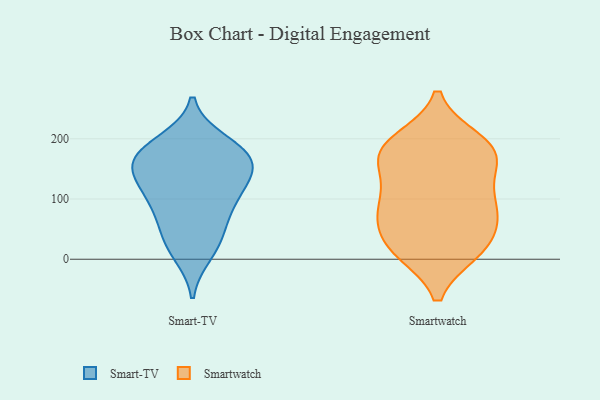
{"axis": {"x": "Page Views", "y": "Value"}, "legend": ["Smart-TV", "Smartwatch"], "data": [{"x": "", "y": 30, "type": "Smart-TV"}, {"x": "", "y": 175, "type": "Smart-TV"}, {"x": "", "y": 177, "type": "Smart-TV"}, {"x": "", "y": 133, "type": "Smart-TV"}, {"x": "", "y": 43, "type": "Smart-TV"}, {"x": "", "y": 165, "type": "Smart-TV"}, {"x": "", "y": 87, "type": "Smart-TV"}, {"x": "", "y": 194, "type": "Smart-TV"}, {"x": "", "y": 139, "type": "Smart-TV"}, {"x": "", "y": 143, "type": "Smart-TV"}, {"x": "", "y": 103, "type": "Smart-TV"}, {"x": "", "y": 88, "type": "Smart-TV"}, {"x": "", "y": 10, "type": "Smart-TV"}, {"x": "", "y": 172, "type": "Smart-TV"}, {"x": "", "y": 102, "type": "Smartwatch"}, {"x": "", "y": 171, "type": "Smartwatch"}, {"x": "", "y": 178, "type": "Smartwatch"}, {"x": "", "y": 153, "type": "Smartwatch"}, {"x": "", "y": 13, "type": "Smartwatch"}, {"x": "", "y": 69, "type": "Smartwatch"}, {"x": "", "y": 190, "type": "Smartwatch"}, {"x": "", "y": 188, "type": "Smartwatch"}, {"x": "", "y": 24, "type": "Smartwatch"}, {"x": "", "y": 197, "type": "Smartwatch"}, {"x": "", "y": 97, "type": "Smartwatch"}, {"x": "", "y": 57, "type": "Smartwatch"}, {"x": "", "y": 15, "type": "Smartwatch"}, {"x": "", "y": 74, "type": "Smartwatch"}, {"x": "", "y": 156, "type": "Smartwatch"}, {"x": "", "y": 14, "type": "Smartwatch"}, {"x": "", "y": 96, "type": "Smartwatch"}]}